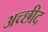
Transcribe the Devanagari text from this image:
अच्छीद